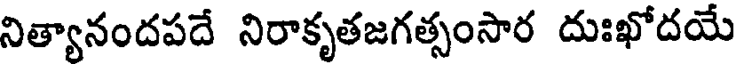
నిత్యానందపదే నిరాకృతజగత్సంసార దుఃఖోదయే